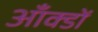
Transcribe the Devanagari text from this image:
आँक्डों